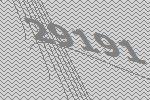
29191